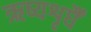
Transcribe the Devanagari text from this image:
ऋष्यशृर्घैं